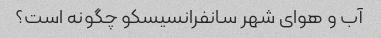
آب و هوای شهر سانفرانسیسکو چگونه است؟